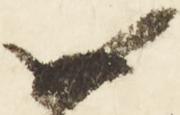
如